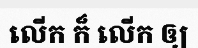
លើក ក៏ លើក ឲ្យ